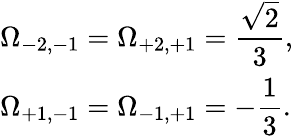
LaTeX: \begin{array}{l}{\displaystyle\Omega_{-2,-1}=\Omega_{+2,+1}=\frac{\sqrt{2}}{3},}\\ {\displaystyle\Omega_{+1,-1}=\Omega_{-1,+1}=-\frac{1}{3}.}\end{array}